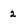
Character: 2